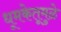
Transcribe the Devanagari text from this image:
धूमकेतूमुळे